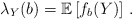
\begin{align*}\lambda_Y(b) = \mathbb{E}\left[ f_b(Y) \right]\,.\end{align*}